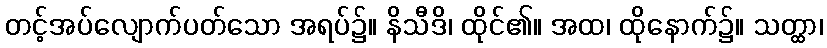
တင့်အပ်လျောက်ပတ်သော အရပ်၌။ နိသီဒိ၊ ထိုင်၏။ အထ၊ ထိုနောက်၌။ သတ္ထာ၊